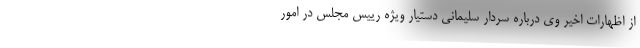
از اظهارات اخیر وی درباره سردار سلیمانی دستیار ویژه رییس مجلس در امور